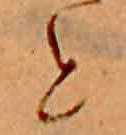
と